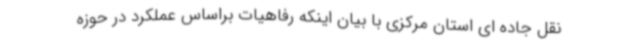
نقل جاده ای استان مرکزی با بیان اینکه رفاهیات براساس عملکرد در حوزه